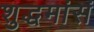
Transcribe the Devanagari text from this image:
शुद्धमांसं